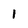
Character: 1